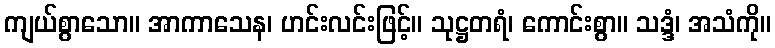
ကျယ်စွာသော။ အာကာသေန၊ ဟင်းလင်းဖြင့်။ သုဋ္ဌတရံ၊ ကောင်းစွာ။ သဒ္ဒံ၊ အသံကို။